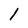
Character: l